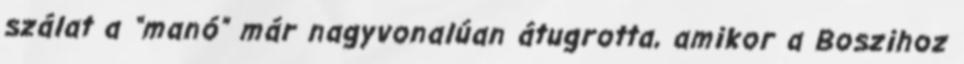
szálat a “manó” már nagyvonalúan átugrotta, amikor a Boszihoz